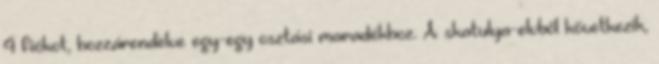
4 fiókot, hozzárendelve egy-egy osztási maradékhoz. A skatulya-elvből következik,